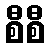
စီစီ